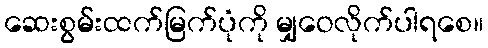
ဆေးစွမ်းထက်မြက်ပုံကို မျှဝေလိုက်ပါရစေ။